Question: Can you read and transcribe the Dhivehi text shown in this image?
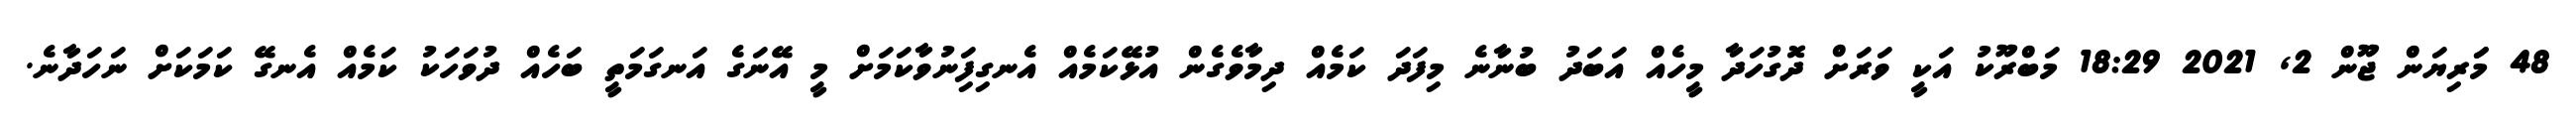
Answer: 48 މަަރިޔަން ޖޫން 2, 2021 18:29 މަބްރޫކު އަކީ ވަރަށް ދޮގުހަދާ މީހެއް އަބަދު ބުނާނެ މިފަދަ ކަމެއް ދިމާވެގެން އުޅޭކަމެއް އެނގިފަިނުވާކަމަށް މީ އޭނަގެ އަނގަމަތީ ބަހެއް ދުވަހަކު ކަމެއް އެނގޭ ކަމަކަށް ނަހަދާނެ.